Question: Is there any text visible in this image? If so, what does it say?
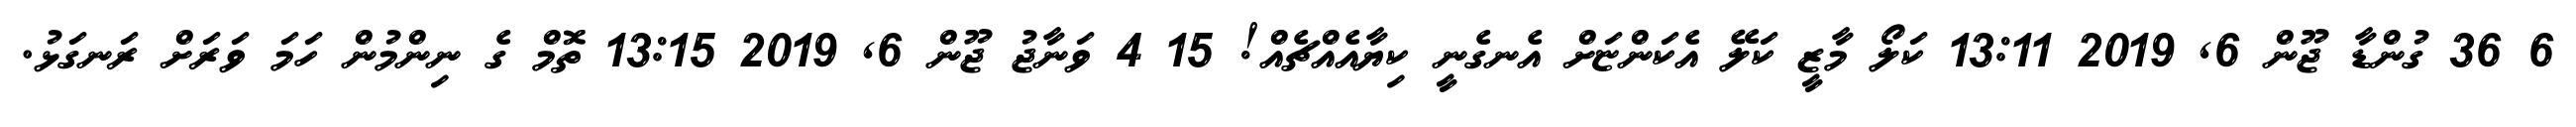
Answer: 6 36 ގުންޑާ ޖޫން 6, 2019 13:11 ކަލޯ މާޒީ ކަލޭ އެކަންޏަށް އެނގެނީ ކިޔާއެއްޗެއް! 15 4 ވަނާޖު ޖޫން 6, 2019 13:15 ތޮމް ގެ ނިންމުން ހަމަ ވަރަށް ރަނގަޅު.